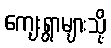
ကျေးရွာများသို့